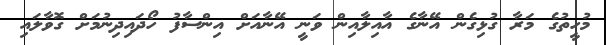
މުހީތުގެ މަރާ ގުޅިގެން އޭނާގެ އާއިލާއިން ވަނީ އޭނާއަށް އިންސާފު ހޯދައިދިނުމަށް ގޮވާލައި